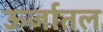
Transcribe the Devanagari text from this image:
ऊर्जातल